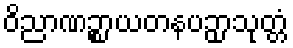
ဝိညာဏဉ္စာယတနပဉှာသုတ္တံ